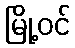
မြို့ဝင်